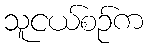
သူငယ်စဉ်က